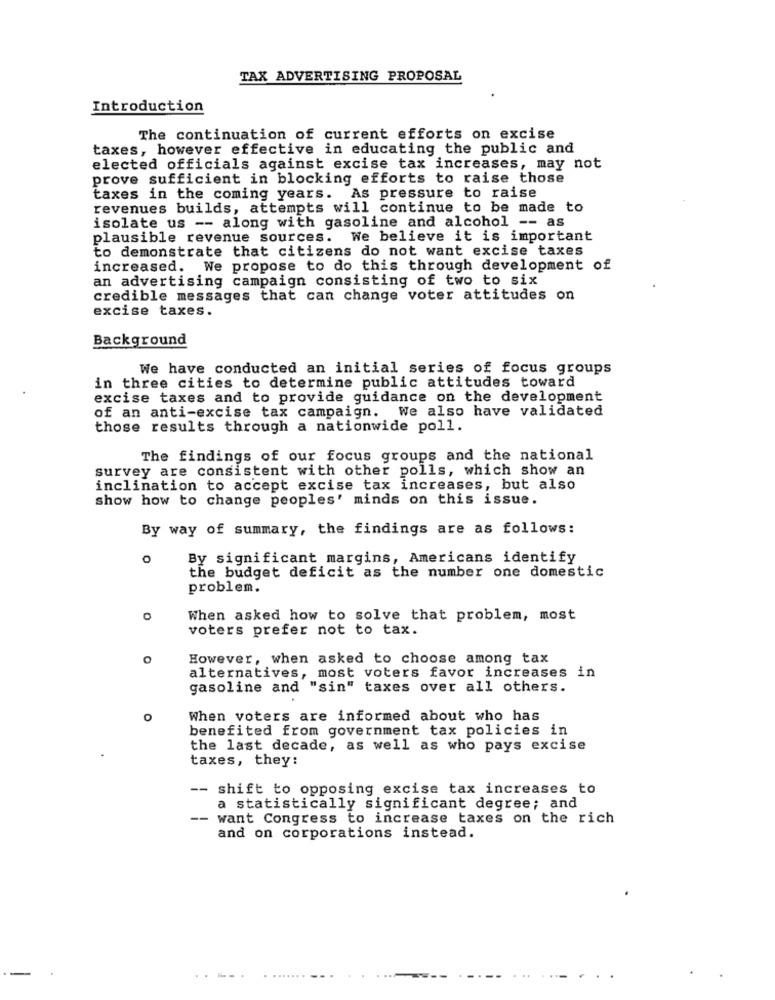
TAX ADVERTISING PROPOSAL
Introduction
The continuation of current efforts on excise
taxes, however effective in educating the public and
elected officials against excise tax increases, may not
prove sufficient in blocking efforts to raise those
taxes in the coming years. As pressure to raise
revenues builds, attempts will continue to be made to
isolate us -- along with gasoline and alcohol -- as
plausible revenue sources. We believe it is important
to demonstrate that citizens do not want excise taxes
increased. We propose to do this through development of
an advertising campaign consisting of two to six
credible messages that can change voter attitudes on
excise taxes.
Background
We have conducted an initial series of focus groups
in three cities to determine public attitudes toward
excise taxes and to provide guidance on the development
of an anti-excise tax campaign. We also have validated
those results through a nationwide poll.
The findings of our focus groups and the national
survey are consistent with other polls, which show an
inclination to accept excise tax increases, but also
show how to change peoples' minds on this issue.
By way of summary, the findings are as follows:
o
By significant margins, Americans identify
the budget deficit as the number one domestic
problem.
When asked how to solve that problem, most
voters prefer not to tax.
However, when asked to choose among tax
alternatives, most voters favor increases in
gasoline and "sin" taxes over all others.
When voters are informed about who has
benefited from government tax policies in
the last decade, as well as who pays excise
taxes, they:
-- shift to opposing excise tax increases to
a statistically significant degree; and
--
want Congress to increase taxes on the rich
and on corporations instead.